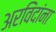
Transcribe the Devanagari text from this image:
अरविंदांना